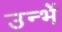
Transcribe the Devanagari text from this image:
उन्भें